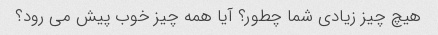
هیچ چیز زیادی شما چطور؟ آیا همه چیز خوب پیش می رود؟